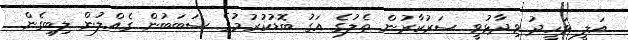
އަލީ ވަހީދު ވިދާޅުވީ ސަރުކާރުން ތެލުގެ އަގު ބޮޑުކުރުމުގެ ސަބަބުން ގެއްލުން ލިބިގެން